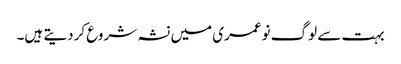
بہت سے لوگ نوعمری میں نشہ شروع کردیتے ہیں۔